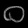
Digit: ၀